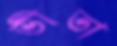
ভীতা